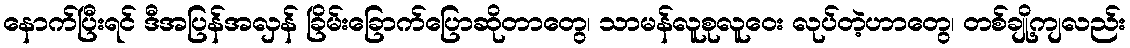
နောက်ပြီးရင် ဒီအပြန်အလှန် ခြိမ်းခြောက်ပြောဆိုတာတွေ၊ သာမန်လူစုလူဝေး လုပ်တဲ့ဟာတွေ၊ တစ်ချို့ကျလည်း